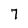
Character: 7